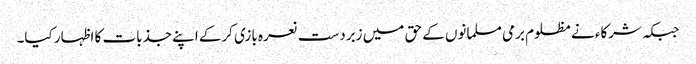
جبکہ شرکاء نے مظلوم برمی مسلمانوں کے حق میں زبردست نعرہ بازی کرکے اپنے جذبات کا اظہار کیا۔